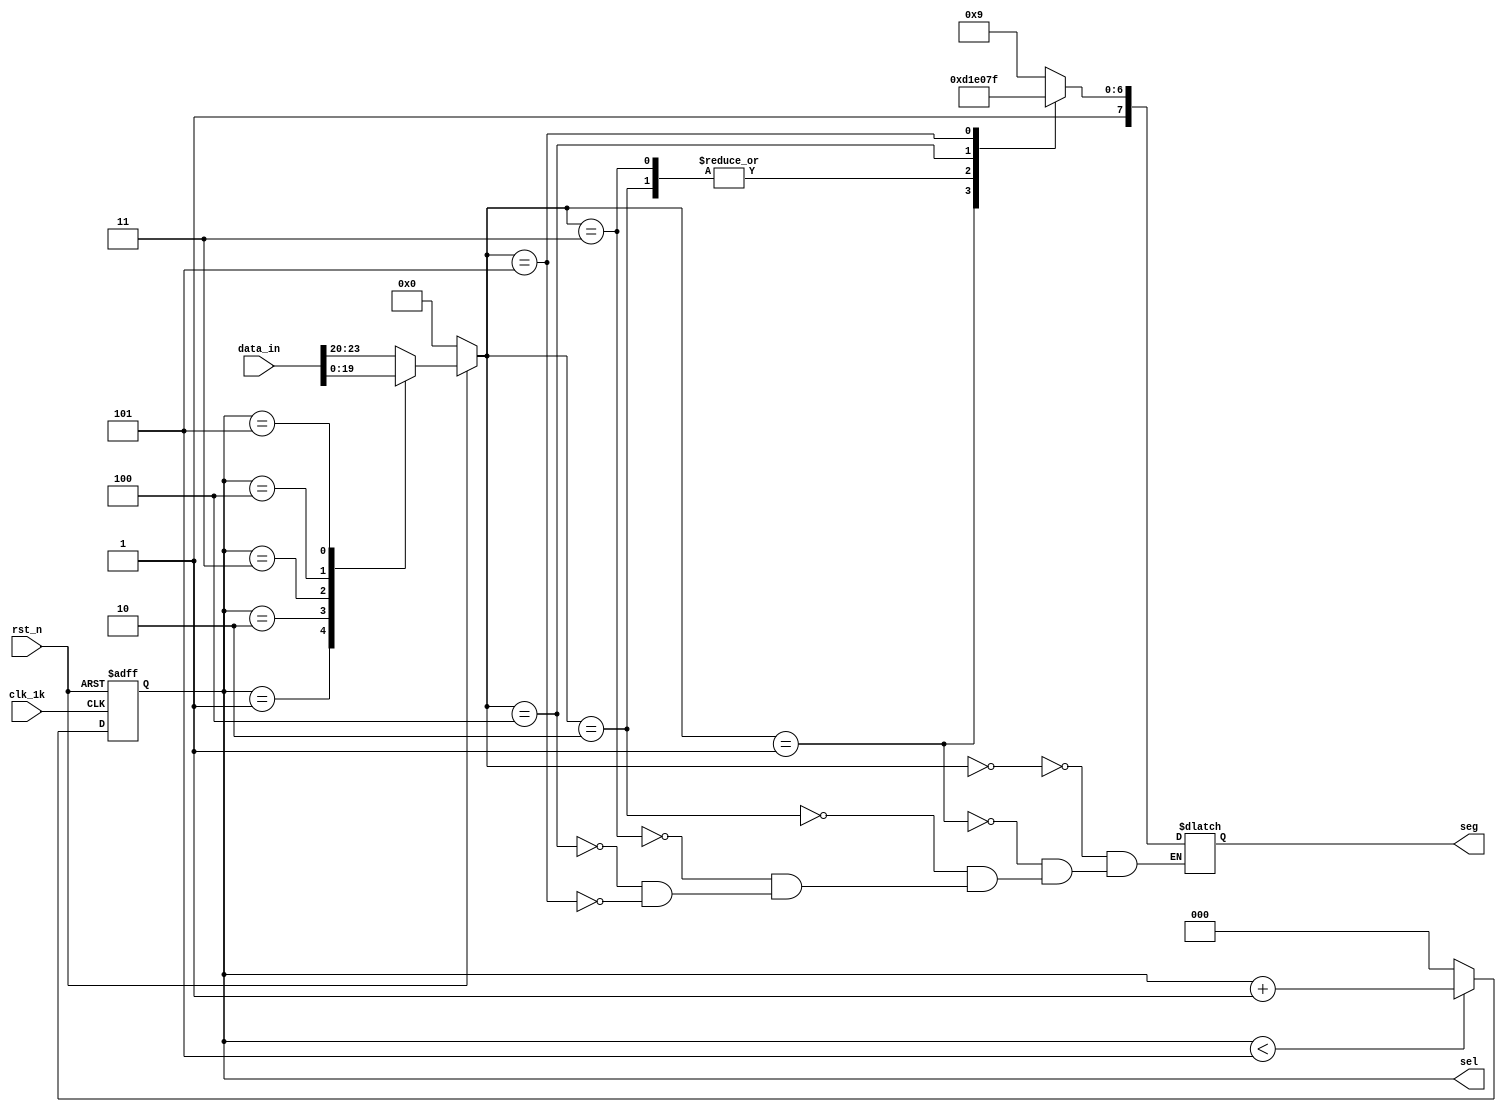
module seg7 (clk_1k,rst_n,data_in,sel,seg);

	input clk_1k;    // Clock
	input rst_n;  // Asynchronous reset active low
	input [23:0] data_in;
	// reg [23:0] data_in = 24'b0000_0001_0010_0011_0100_0101;
	//parameter [23:0] data_in = 24'b0000_0001_0010_0011_0100_0101;
	output reg [7:0] seg;
	output reg [2:0] sel;

	reg [3:0] temp;
	// reg [23:0] data_in_temmp;


always @(posedge clk_1k or negedge rst_n)
	begin
		if(~rst_n) 
			begin
				// data_in_temmp <= data_in;
				// // seg <= 8'd0;
				sel <= 3'd0;
			end 
		else 
			begin
				if(sel < 5) 
					begin
						sel <= sel + 1;
					end
				else
					begin
						sel <= 0;
					end
			end

	end


always @ (*)
	begin
		if(~rst_n) 
			begin
				
				temp <= 0;
			end 
		else 
			begin
				case(sel) 
					0	:	temp =	data_in[23:20];
					1	:	temp =	data_in[19:16];
					2	:	temp =	data_in[15:12];
					3	:	temp =	data_in[11:8];
					4	:	temp =	data_in[7:4];
					5	:	temp =	data_in[3:0];
					default	: temp = data_in[23:20];
				endcase
			end

	end

// always @( posedge clk_1k )   //segtempsel
always @(*)
	begin : proc_2
		begin
				case(temp)
					4'd0	:	seg = 8'b1000_1001;//h
					4'd1	:	seg = 8'b10000110;//e
					4'd2	:	seg = 8'b1100_0111;//l
					4'd3	:	seg = 8'b1100_0111;//l
					4'd4	:	seg = 8'b1100_0000;//o
					4'd5	:	seg = 8'b1111_1111;//
					// 4'd0	: 	seg = 8'b1100_0000;
					// 4'd1	:	seg = 8'b11111001; //1
					// 4'd2	:	seg = 8'b10100100; //2
					// 4'd3	:	seg = 8'b10110000; //3
					// 4'd4	:	seg = 8'b10011001; //4
					// 4'd5	:	seg = 8'b10010010; //5

					// 4'd6	:	seg = 8'b10000010; //6
					// 4'd7	:	seg = 8'b11111000; //7
					// 4'd8	:	seg = 8'b10000000; //8
					// 4'd9	:	seg = 8'b10010000; //9
					// 4'd10	:	seg = 8'b10001000; //a
					// 4'd11	:	seg = 8'b10000011; //b
					// 4'd12	:	seg = 8'b10000110; //c
					// 4'd13	:	seg = 8'b10100001; //d
					// 4'd14	:	seg = 8'b10000110; //e
					// 4'd15	:	seg = 8'b10001110; //f
				endcase
			end
	end



//
// always @(posedge clk_1k)
// 	begin
// 		if(~rst_n) 
// 			begin
// 				data_in_temmp <= data_in;
// 				temp <= data_in[23:20];
// 			end 
// 		else 
// 			begin
// 				if(sel == 0) 
// 					begin
// 						data_in_temmp <= data_in;
// 						// temp <= 4'd0;
// 						temp <= data_in_temmp[23:20]
// 					end
// 				else
// 					begin
// 						data_in_temmp <= {data_in_temmp[3:0],data_in_temmp[23:4]};
// 						temp <= data_in_temmp[23:20];
// 					end
// 			end

// 	end


// always @(posedge clk_1k or negedge rst_n) 
// begin : proc_1
// 	if(~rst_n) 
// 		begin
// 			data_in_temmp <= data_in;
// 			// seg <= 8'd0;
// 			sel <= 3'd0;
// 		end 
// 	else 
// 		begin
// 			data_in_temmp <= {data_in_temmp[3:0],data_in_temmp[23:20]};
// 			temp <= data_in_temmp[23:20];
// 			if(sel < 5)
// 				begin
					
// 					// data_in_temmp <= {data_in_temmp[3:0],data_in_temmp[23:20]};
// 					// temp <= data_in_temmp[23:20];
// 					sel <= sel +1;
// 						// case(temp)
// 						// 	4'd0	: 	seg <= 8'b1100_0000;
// 						// 	4'd1	:	seg <= 8'b11111001; //1
// 						// 	4'd2	:	seg <= 8'b10100100; //2
// 						// 	4'd3	:	seg <= 8'b10110000; //3
// 						// 	4'd4	:	seg <= 8'b10011001; //4
// 						// 	4'd5	:	seg <= 8'b10010010; //5
// 						// 	4'd6	:	seg <= 8'b10000010; //6
// 						// 	4'd7	:	seg <= 8'b11111000; //7
// 						// 	4'd8	:	seg <= 8'b10000000; //8
// 						// 	4'd9	:	seg <= 8'b10010000; //9
// 						// 	4'd10	:	seg <= 8'b10001000; //a
// 						// 	4'd11	:	seg <= 8'b10000011; //b
// 						// 	4'd12	:	seg <= 8'b10000110; //c
// 						// 	4'd13	:	seg <= 8'b10100001; //d
// 						// 	4'd14	:	seg <= 8'b10000110; //e
// 						// 	4'd15	:	seg <= 8'b10001110; //f
// 						// endcase
// 				end
// 			else
// 				begin
// 					// data_in_temmp <= data_in;
// 					// temp <= data_in_temmp[23:20];
// 					sel <= 0;
// 						// case(temp)
// 						// 	4'd0	: 	seg <= 8'b1100_0000;
// 						// 	4'd1	:	seg <= 8'b11111001; //1
// 						// 	4'd2	:	seg <= 8'b10100100; //2
// 						// 	4'd3	:	seg <= 8'b10110000; //3
// 						// 	4'd4	:	seg <= 8'b10011001; //4
// 						// 	4'd5	:	seg <= 8'b10010010; //5
// 						// 	4'd6	:	seg <= 8'b10000010; //6
// 						// 	4'd7	:	seg <= 8'b11111000; //7
// 						// 	4'd8	:	seg <= 8'b10000000; //8
// 						// 	4'd9	:	seg <= 8'b10010000; //9
// 						// 	4'd10	:	seg <= 8'b10001000; //a
// 						// 	4'd11	:	seg <= 8'b10000011; //b
// 						// 	4'd12	:	seg <= 8'b10000110; //c
// 						// 	4'd13	:	seg <= 8'b10100001; //d
// 						// 	4'd14	:	seg <= 8'b10000110; //e
// 						// 	4'd15	:	seg <= 8'b10001110; //f
// 						// endcase
// 				end
// 				/* code */
// 			// case (sel)
// 			// 	3'd0:	begin
// 			// 			temp <= data_in[23:20];
// 			// 			sel <= sel+1;
// 			// 			end
// 			// 	3'd1:	begin
// 			// 			temp <= data_in[19:16];
// 			// 			sel <= sel+1;
// 			// 			end
// 			// 	3'd2:	begin
// 			// 			temp <= data_in[15:12];
// 			// 			sel <= sel+1;
// 			// 			end
// 			// 	3'd3:	begin
// 			// 			temp <= data_in[11:8];
// 			// 			sel <= sel+1;
// 			// 			end
// 			// 	3'd4:	begin
// 			// 			temp <= data_in[7:4];
// 			// 			sel <= sel+1;
// 			// 			end
// 			// 	3'd5:	begin
// 			// 			temp <= data_in[3:0];
// 			// 			sel <= 3'd0;
// 			// 			end
// 			// 	default
// 			// 			begin
// 			// 			temp <= data_in[23:20];
// 			// 			sel <= 3'd0;
// 			// 			end
// 			// endcase
// 		end
// end  //proc_1



endmodule